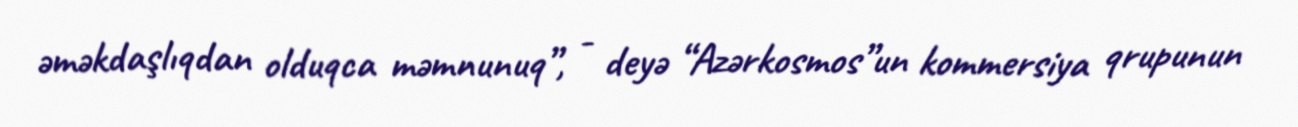
əməkdaşlıqdan olduqca məmnunuq”, - deyə “Azərkosmos”un kommersiya qrupunun